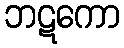
ဘဋကော